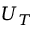
U _ { T }